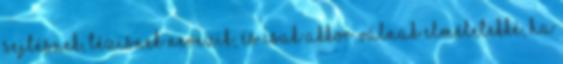
sejtésnek, tézisnek nevezik, és csak akkor válnak elméletekké, ha